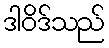
ဒါဝိဒ်သည်